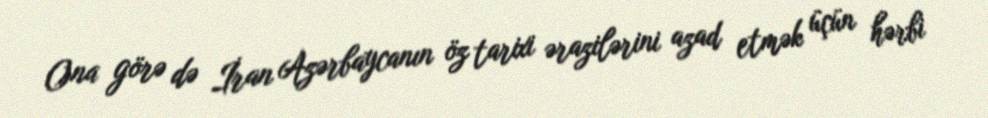
Ona görə də İran Azərbaycanın öz tarixi ərazilərini azad etmək üçün hərbi